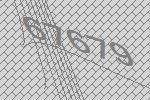
67679